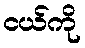
ငယ်ကို